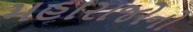
મહારાજોનો